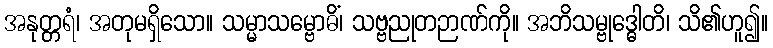
အနုတ္တရံ၊ အတုမရှိသော။ သမ္မာသမ္ဗောဓိံ၊ သဗ္ဗညုတဉာဏ်ကို။ အဘိသမ္ဗုဒ္ဓေါတိ၊ သိ၏ဟူ၍။